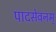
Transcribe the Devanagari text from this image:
पादसेवनम्